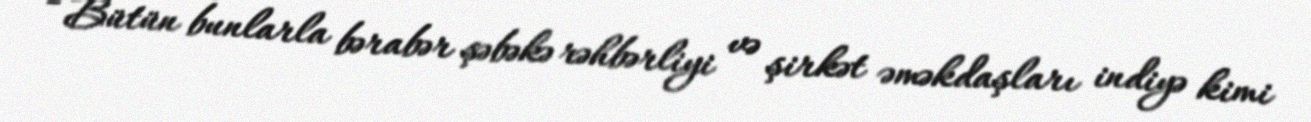
- Bütün bunlarla bərabər şəbəkə rəhbərliyi və şirkət əməkdaşları indiyə kimi